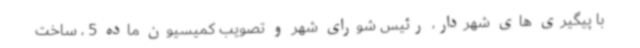
با پیگیری های شهردار، رئیس شورای شهر و تصویب کمیسیون ماده 5 ، ساخت